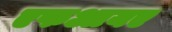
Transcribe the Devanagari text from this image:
एफआयए